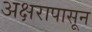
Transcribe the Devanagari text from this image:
अक्षरापासून